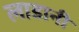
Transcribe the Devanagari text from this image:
लाडानी